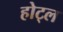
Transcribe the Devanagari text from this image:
होट्ल